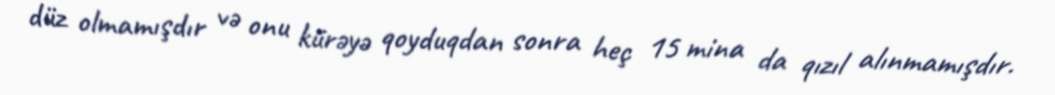
düz olmamışdır və onu kürəyə qoyduqdan sonra heç 15 mina da qızıl alınmamışdır.